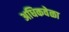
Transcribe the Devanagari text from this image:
अधिकवेळा